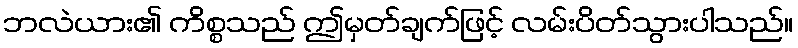
ဘလဲယား၏ ကိစ္စသည် ဤမှတ်ချက်ဖြင့် လမ်းပိတ်သွားပါသည်။